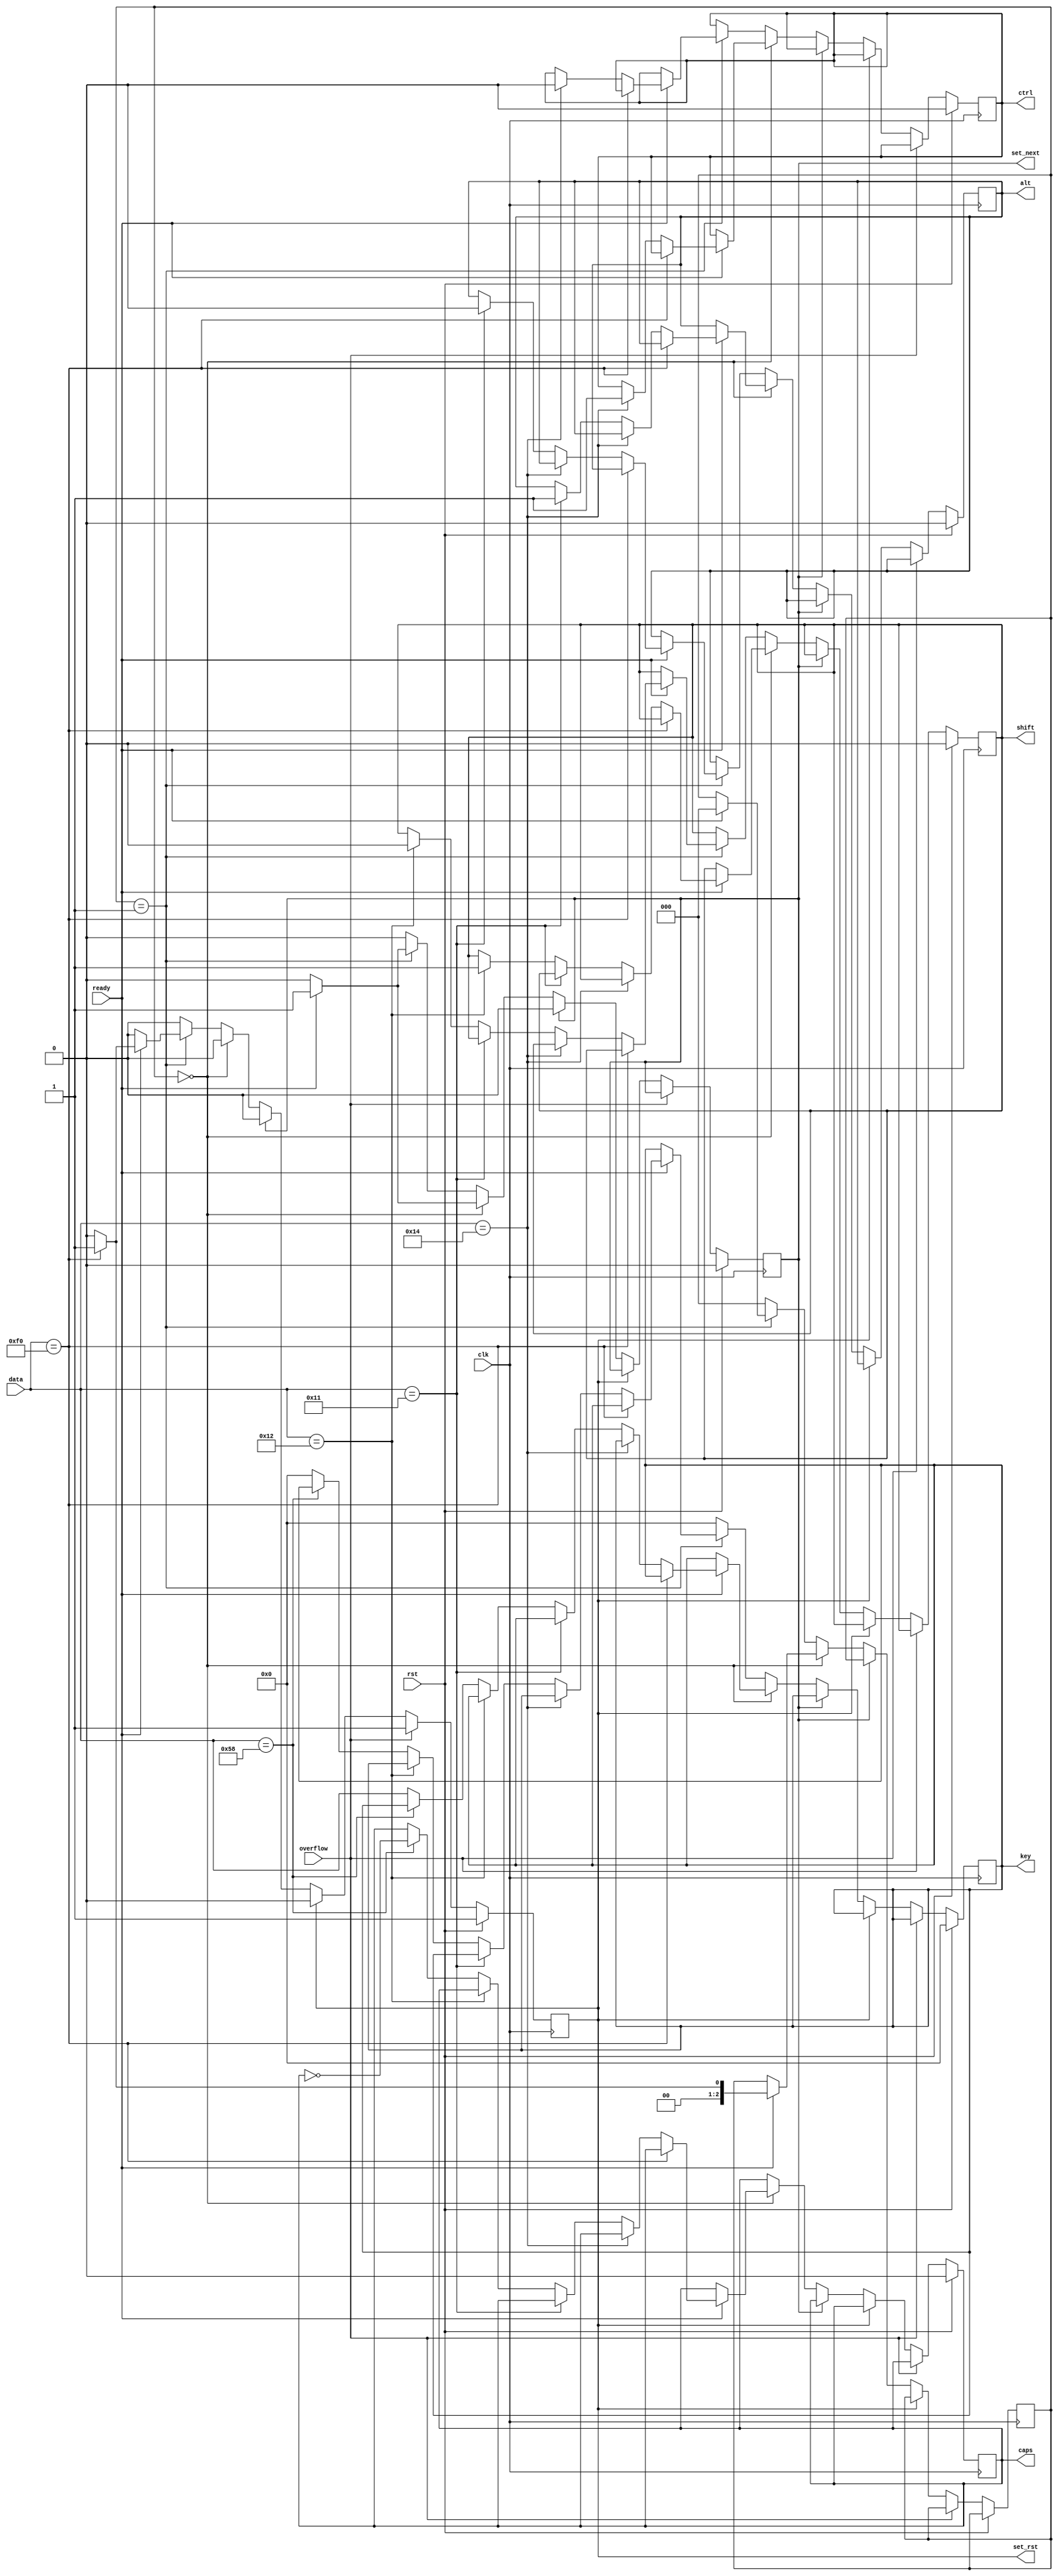
module keyboard(
    input clk,
    input rst,
    input ready,
    input overflow,
    input [7:0] data,
    output reg set_rst,
    output reg set_next,
    output reg ctrl,
    output reg alt,
    output reg shift,
    output reg caps,
    output reg [7:0] key
);

parameter S0 = 0, S1 = 1;
parameter k_ctrl = 8'h14, k_alt = 8'h11, k_shift = 8'h12, k_break = 8'hF0, k_caps = 8'h58;

reg [2:0] state;

initial begin
    state = S0;
end

always @(posedge clk) begin
    if (rst) begin
        set_rst <= 1;
        set_next <= 0;
        ctrl <= 0;
        alt <= 0;
        shift <= 0;
        caps <= 0;
        key <= 0;
    end else if (overflow) begin
        set_rst <= 1;
    end else if (set_rst) begin
        set_rst <= 0;
    end else if (set_next) begin
        set_next <= 0;
    end else begin
        if (state == S0) begin  
            if (ready) begin
                set_next <= 1;
                if (data == k_break) begin
                    state <= S1;
                end else if (data == k_ctrl) begin
                    ctrl <= 1;
                    state <= S0;
                end else if (data == k_alt) begin
                    alt <= 1;
                    state <= S0;
                end else if (data == k_shift) begin
                    shift <= 1;
                    state <= S0;
                end else if (data == k_caps) begin
                    caps <= ~caps;
                    state <= S0;
                end else begin
                    key <= data;
                    state <= S0;
                end
             end else begin
                key <= key;
             end
        end else if (state == S1) begin
            if (ready) begin
                set_next <= 1;
                state <= S0;
                if (data == k_break) begin
                    set_rst <= 1;
                end else if (data == k_ctrl) begin
                    ctrl <= 0;
                end else if (data == k_alt) begin
                    alt <= 0;
                end else if (data == k_shift) begin
                    shift <= 0;
                end else if (data == k_caps) begin
                    caps <= caps;
                end else begin
                    key <= 0;
                end
            end else begin
                key <= key;
            end
        end else begin
            state <= S0;
            key <= 0;
        end
    end
end
        
endmodule